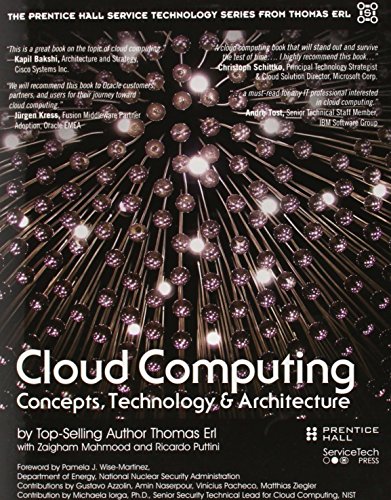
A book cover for Cloud Computing: Concepts, Technology & Architecture (The Prentice Hall Service Technology Series from Thomas Erl); Thomas Erl; Computers & Technology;